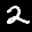
Label: 2